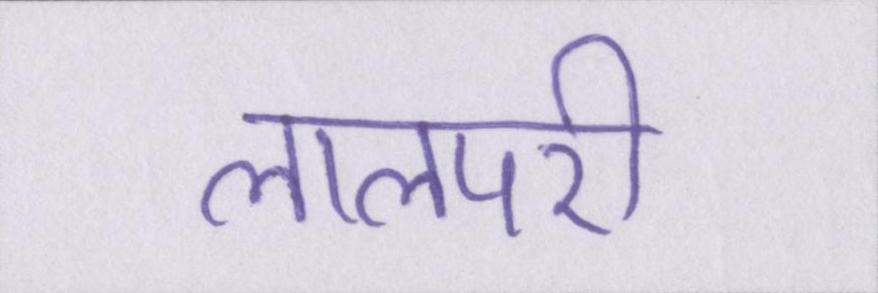
लालपरी